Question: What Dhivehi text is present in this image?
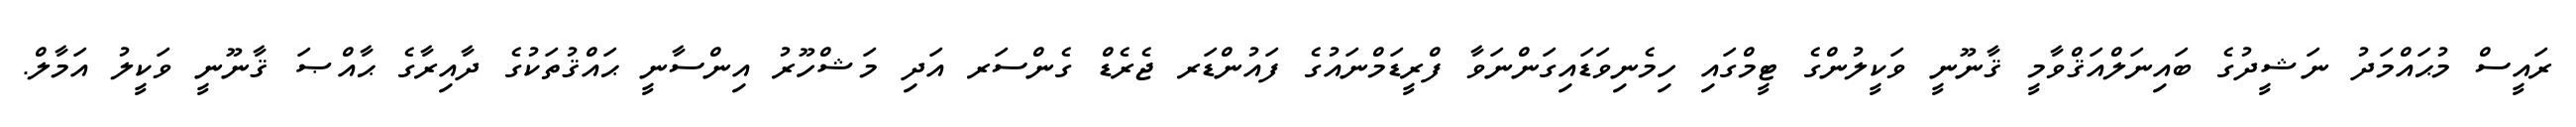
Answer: ރައީސް މުޙައްމަދު ނަޝީދުގެ ބައިނަލްއަޤްވާމީ ޤާނޫނީ ވަކީލުންގެ ޓީމްގައި ހިމެނިވަޑައިގަންނަވާ ފްރީޑަމްނައުގެ ފައުންޑަރ ޖެރެޑް ގެންސަރ އަދި މަޝްހޫރު އިންސާނީ ޙައްޤުތަކުގެ ދާއިރާގެ ޙާއްޞަ ޤާނޫނީ ވަކީލު އަމާލް.